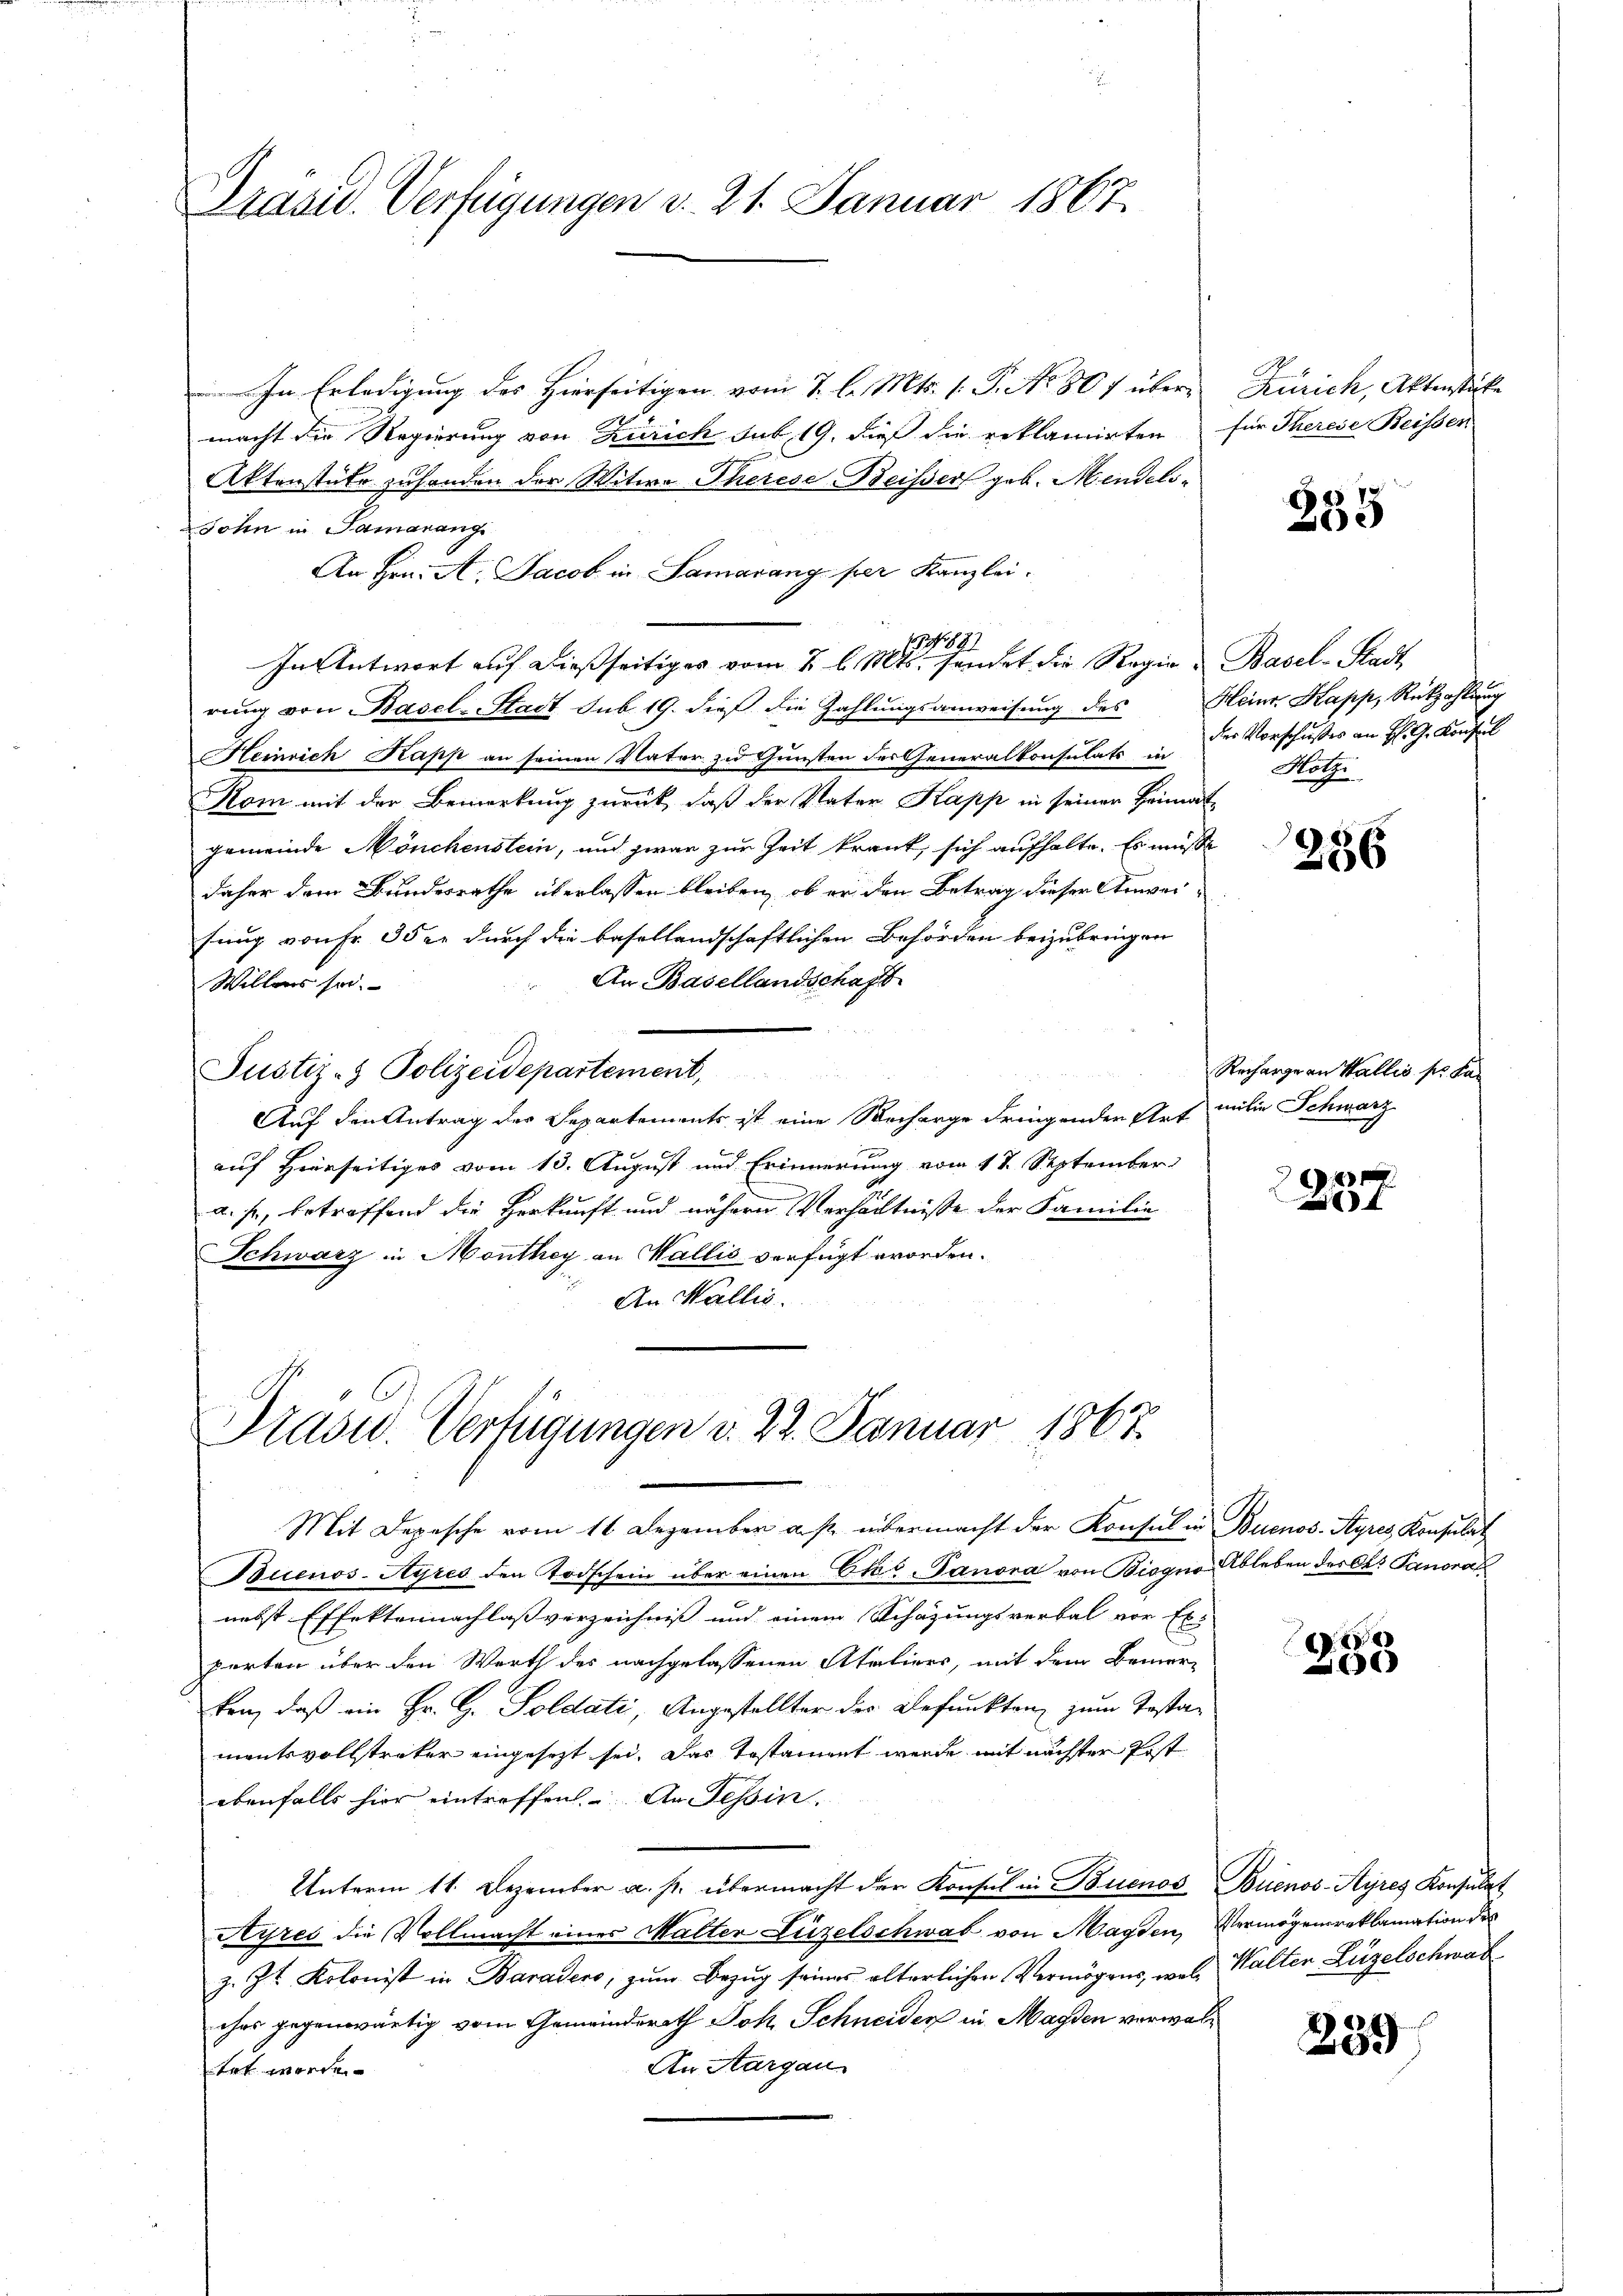
Präsid. Verfügungen d. 21. Januar 1867

In Erledigung des Hierseitigen vom 7. l. Mts. 1. P. No 807 über¬
.
macht die Regierung von Zürich sub 19. dieß die reklamirten für Therese Beissen
Aktenstüke zuhanden der Witwe Therese Beiser geb. Mendels-
John in Samanang
An Hrn. A. Jacob in Samarang per Kanzlei.
87
In Antwort auf dießseitiges vom 2. l. Mts. sendet die Regie-Basel-Stadt
rung von Basel-Stadt sub. 19. dieß die Zahlungsanweisung des Heinr. Kapp, Rückzahlung
Heinrich Kapp an seinen Vater zu Gunsten des Generalkonsulats in der Vorschusses an H. G. Konsul
Kom mit der Bemerkung zurück, daß der Vater Kapp in seiner Heimatgemeinde Mönchenstein, und zwar zur Zeit krank, sich aufhalte. Es müsse
daher dem Bundesrathe überlassen bleiben, ob er den Betrag dieser Anwei-
sung von Fr. 3 der durch die basellandschaftlichen Behörden beizubringen
An Basellandschaft
Willers sei.
Justiz- & Polizeidepartement,
Auf den Antrag des Separtements ist eine Recharge dringenden Art milie Schwarz
auf Hierseitiges vom 13. August und Erinnerung vom 17. September
a. f., betreffend die Herkunft und nähern Verhältnisse der Familie
Schwarz in Monthey an Wallis verfügt worden.
An Wallis.

Prasid. Verfügungen d. 22. Januar 1867.

Zürich, Aktenstücke

Mit Depesche vom 11. Dezember a. p. übermacht der Konsul in Buenos-Ayres Konsulat
Buenos-Ayres den Todschein über einen Etat Panora von Biogno Ableben des Ces Panora
nebst Effektennachlaßverzeichniß und einem Schazungsverbal vor Exparten über den Werth der nachgelassenen Ateliers, mit dem Bemer-
ken, daß ein Fr. G. Soldati, Angestellter des Befunkten zum Testa-
mentsvollstraker eingesetzt sei. Das Testament werde mit nächster Post
ebenfalls hier eintreffen. An Tessin.
Unterm 11. Dezember a. p. übermacht der Konsul in Buenos Buenos-Ayres Konsulat
Ayres die Vollmacht eines Malter Luzelschwab von Magden, Vermögensreklamation des
z. Zt. Kolonist in Baradero, zum Bezug seines älterlichen Vermögens, wol, Walten Lügelschwab
ches gegenwärtig vom Gemeinderath Joh. Schneider in Magden vorwal¬
An Aargau
tet worden

335

Hötze

256

Recharge an Wallis pr. Fa¬

x
f

27
20

239